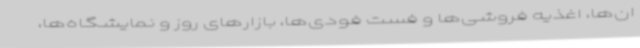
ان‌ها، اغذیه فروشی‌ها و فست فودی‌ها، بازارهای روز و نمایشگاه‌ها،